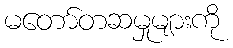
မတော်တဆမှုများကို